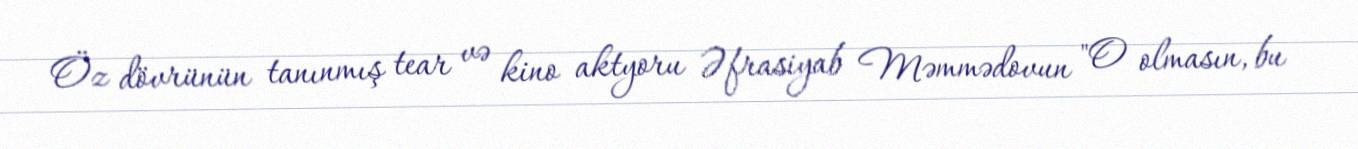
Öz dövrünün tanınmış tear və kino aktyoru Əfrasiyab Məmmədovun "O olmasın, bu